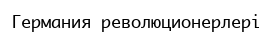
Германия революционерлері